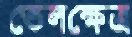
তেলক্ষেত্র